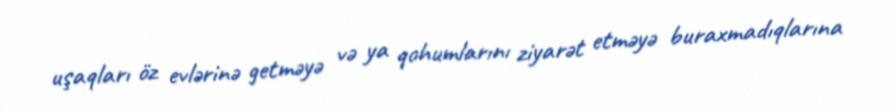
uşaqları öz evlərinə getməyə və ya qohumlarını ziyarət etməyə buraxmadıqlarına